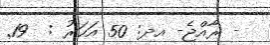
- ރާއްޖެ- އދ: 50 އަހަރު :  19